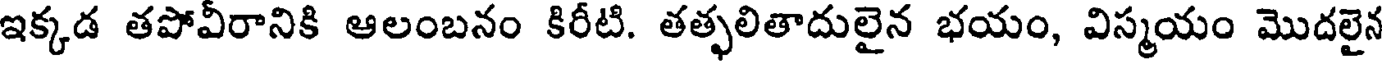
ఇక్కడ తపోవీరానికి ఆలంబనం కిరీటి. తత్ఫలితాదులైన భయం, విస్మయం మొదలైన